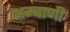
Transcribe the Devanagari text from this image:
अम्बाणी